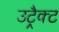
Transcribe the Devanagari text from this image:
उट्रैक्ट